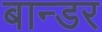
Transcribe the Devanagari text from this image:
बान्डर